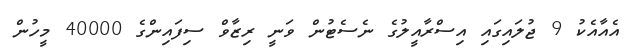
އެއާއެކު 9 ޖުލައިގައި އިސްރާއީލުގެ ނެސެޓުން ވަނީ ރިޒާވް ސިފައިންގެ 40000 މީހުން